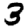
Digit: 3